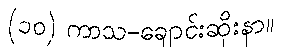
(၁၀) ကာသ-ချောင်းဆိုးနာ။